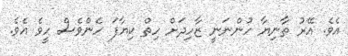
އެވެ. އޭރު ތާނިޔާ ހުންނަނީ ޒާހިދަށް ހިތް ކިޔާފަ ހެންވެސް ހީވެ އެވެ.